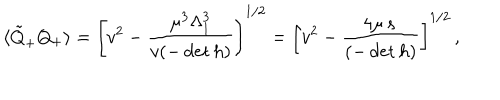
\langle \tilde { Q } _ { + } Q _ { + } \rangle = \left[ v ^ { 2 } - \frac { \mu ^ { 3 } \Lambda _ { 1 } ^ { 3 } } { v ( - \det h ) } \right] ^ { 1 / 2 } = \left[ v ^ { 2 } - \frac { 4 \mu \, s \, } { ( - \det h ) } \right] ^ { 1 / 2 } \, ,